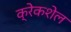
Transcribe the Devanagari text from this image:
क्रेकशेल